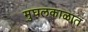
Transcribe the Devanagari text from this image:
मुघलकाळात